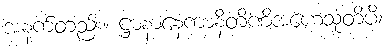
အနက်တည်း။ ဋ္ဌာနာနေကာနိတိဏိအဟေသုံတိပိ၊